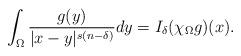
LaTeX: \begin{align*}\int_\Omega\frac{g(y)}{|x-y|^{s(n-\delta)}}dy=I_\delta(\chi_\Omega g)(x).\end{align*}